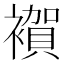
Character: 𧝂